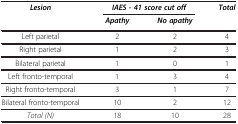
<table><thead><tr><td rowspan="2"><b><i>Lesion</i></b></td><td colspan="2"><b><i>IAES - 41 score cut off</i></b></td><td rowspan="2"><b><i>Total</i></b></td></tr><tr><td><b><i>Apathy</i></b></td><td><b><i>No apathy</i></b></td></tr></thead><tbody><tr><td>Left parietal</td><td>2</td><td>2</td><td>4</td></tr><tr><td>Right parietal</td><td>1</td><td>2</td><td>3</td></tr><tr><td>Bilateral parietal</td><td>1</td><td>0</td><td>1</td></tr><tr><td>Left fronto-temporal</td><td>1</td><td>3</td><td>4</td></tr><tr><td>Right fronto-temporal</td><td>3</td><td>1</td><td>7</td></tr><tr><td>Bilateral fronto-temporal</td><td>10</td><td>2</td><td>12</td></tr><tr><td><i>Total (N)</i></td><td>18</td><td>10</td><td>28</td></tr></tbody></table>